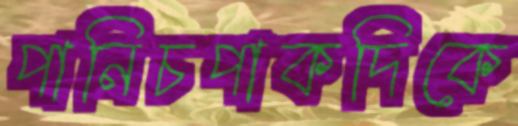
পানিচপাকদিকে